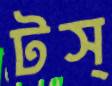
টস্‌